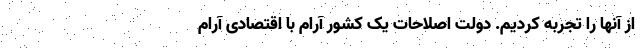
از آنها را تجربه کردیم. دولت اصلاحات یک کشور آرام با اقتصادی آرام